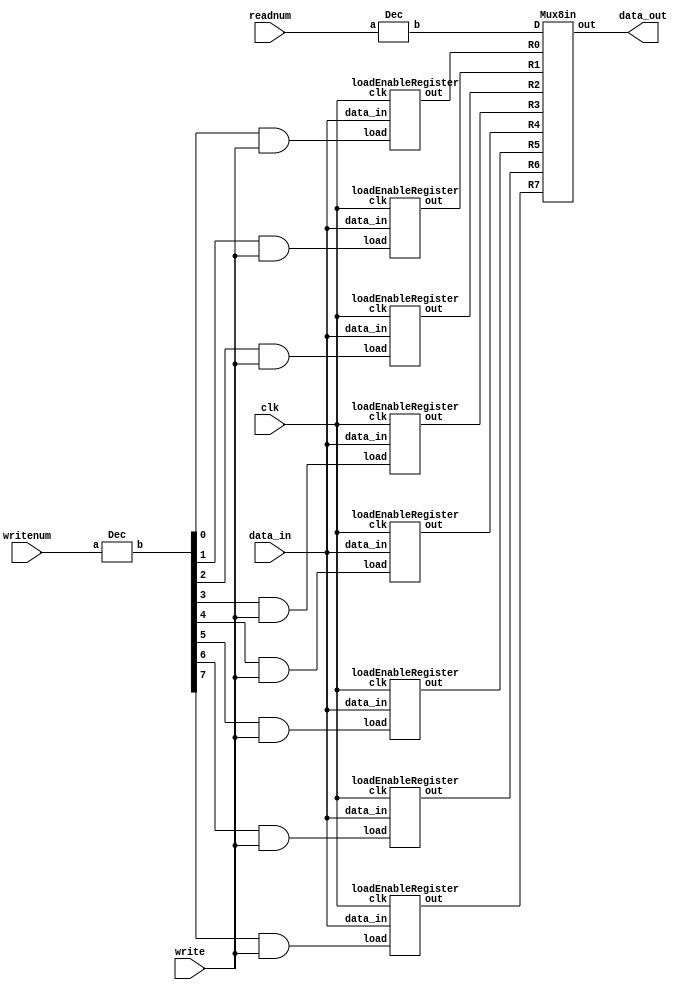
module regfile(data_in, writenum, write, readnum, clk, data_out);
	input [15:0] data_in;
	input [2:0] writenum, readnum;
	input write, clk;
	output[15:0] data_out;

	wire decoder0, decoder1, decoder2, decoder3, decoder4, decoder5, decoder6, decoder7;
	wire[15:0] R0, R1, R2, R3, R4, R5, R6, R7,final;
	wire[7:0] oneHot,oneHot2;

	// turn both writenum and readnum to one-hot from binary
	Dec D1(writenum, oneHot);
	Dec D2(readnum, oneHot2);

	// if both oneHot and write values are 1 then send the signal to specific register
	assign decode0 = oneHot[0] & write;
	assign decode1 = oneHot[1] & write;
	assign decode2 = oneHot[2] & write;
	assign decode3 = oneHot[3] & write;
	assign decode4 = oneHot[4] & write;
	assign decode5 = oneHot[5] & write;
	assign decode6 = oneHot[6] & write;
	assign decode7 = oneHot[7] & write;

	// store data depending on which 
	loadEnableRegister REG0(clk, decode0, data_in, R0);
	loadEnableRegister REG1(clk, decode1, data_in, R1);
	loadEnableRegister REG2(clk, decode2, data_in, R2);
	loadEnableRegister REG3(clk, decode3, data_in, R3);
	loadEnableRegister REG4(clk, decode4, data_in, R4);
	loadEnableRegister REG5(clk, decode5, data_in, R5);
	loadEnableRegister REG6(clk, decode6, data_in, R6);
	loadEnableRegister REG7(clk, decode7, data_in, R7);

	//choose which register data should be output depending on readnum one-hot value
	Mux8in regOut(R0, R1, R2, R3, R4, R5, R6, R7, oneHot2, final);

	assign data_out = final;
endmodule

//decoder that turns a 3 bit binary value into a 8 bit one-hot code
module Dec(a, b);
	parameter n = 3;
	parameter m = 8;

	input [n-1:0] a;
	output [m-1:0] b;

	wire [m-1:0] b = 1 << a;
endmodule

//register with load enable for storing 16 bit values
module loadEnableRegister(clk, load, data_in, out);
	parameter n = 16;
  input clk, load;
  input  [n-1:0] data_in;
  output [n-1:0] out;
  reg    [n-1:0] out;
  wire   [n-1:0] next_out;

  assign next_out = load ? data_in : out;

  always @(posedge clk)
    out = next_out;  
endmodule 

//multiplexer for 8, 16 bit inputs
module Mux8in(R0, R1, R2, R3, R4, R5, R6, R7, D, out) ;
  parameter k = 16;
	input [k - 1:0] R0, R1, R2, R3, R4, R5, R6, R7;
  input [7:0] D;
  output [k - 1:0] out ;

	//copies the D value with each register input
  assign out = ({k{D[0]}} & R0) |
				({k{D[1]}} & R1) |
				({k{D[2]}} & R2) |
				({k{D[3]}} & R3) |
				({k{D[4]}} & R4) |
				({k{D[5]}} & R5) |
				({k{D[6]}} & R6) |
				({k{D[7]}} & R7);
endmodule

//multiplexer for 4, 16 bit inputs
module Mux4in(in0, in1, in2, in3, D, out) ;
  parameter k = 16;
  input [k - 1:0] in0, in1, in2, in3;
  input [3:0] D;
  output [k - 1:0] out ;

	//copies the D value with each input
  assign out = ({k{D[0]}} & in0) |
				({k{D[1]}} & in1) |
				({k{D[2]}} & in2) |
				({k{D[3]}} & in3);
endmodule 

module Mux3in(in0, in1, in2, D, out);
  parameter k = 3;
  input [k - 1:0] in0, in1, in2;
  input [2:0] D;
  output [k - 1:0] out;

	//copies the D value with each input
  assign out = ({k{D[0]}} & in0) |
				({k{D[1]}} & in1) |
				({k{D[2]}} & in2);
endmodule